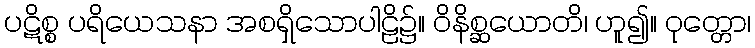
ပဋိစ္စ ပရိယေသနာ အစရှိသောပါဠိ၌။ ဝိနိစ္ဆယောတိ၊ ဟူ၍။ ဝုတ္တော၊